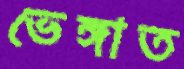
ভেঙ্গাত